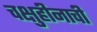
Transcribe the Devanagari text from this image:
चक्षुहीनाची